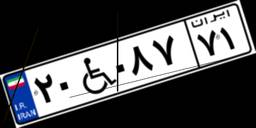
۴۷W۷۸۸۱۵